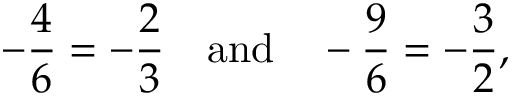
- { \frac { 4 } { 6 } } = - { \frac { 2 } { 3 } } \quad { \mathrm { a n d } } \quad - { \frac { 9 } { 6 } } = - { \frac { 3 } { 2 } } ,